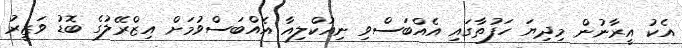
އެކު އީރާނުން މިދިޔަ ހަފުތާގައި އެއްބަސްވި ނިއުކްލިއާ އެއްބަސްވުމަށް އިޒްރޭލުގެ ބޮޑު ވަޒީރު